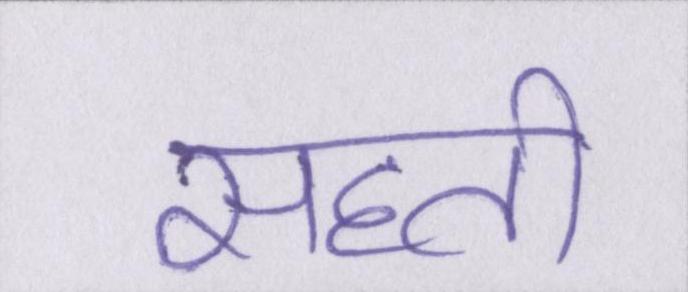
सहती